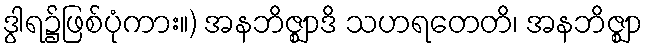
ဒွါရ၌ဖြစ်ပုံကား။) အနဘိဇ္ဈာဒိ သဟရတေတိ၊ အနဘိဇ္ဈာ